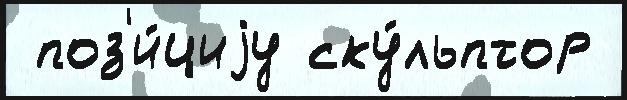
 поз'и́циjу ску́льптор